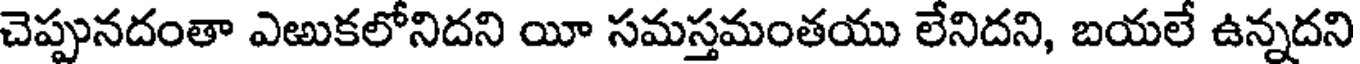
చెప్పునదంతా ఎఱుకలోనిదని యీ సమస్తమంతయు లేనిదని, బయలే ఉన్నదని